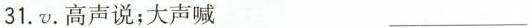
31 .v. 高声说；大声喊 ___